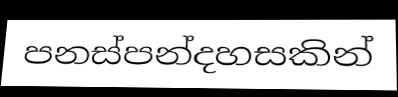
පනස්පන්දහසකින්